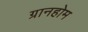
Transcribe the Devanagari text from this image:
ग्रानहोम